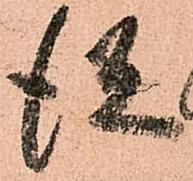
従